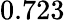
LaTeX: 0.723